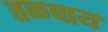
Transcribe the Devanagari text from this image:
तळपाय